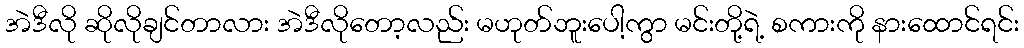
အဲဒီလို ဆိုလိုချင်တာလား အဲဒီလိုတော့လည်း မဟုတ်ဘူးပေါ့ကွာ မင်းတို့ရဲ့ စကားကို နားထောင်ရင်း